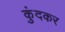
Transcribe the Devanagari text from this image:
कुंदकर